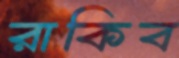
রাকিব